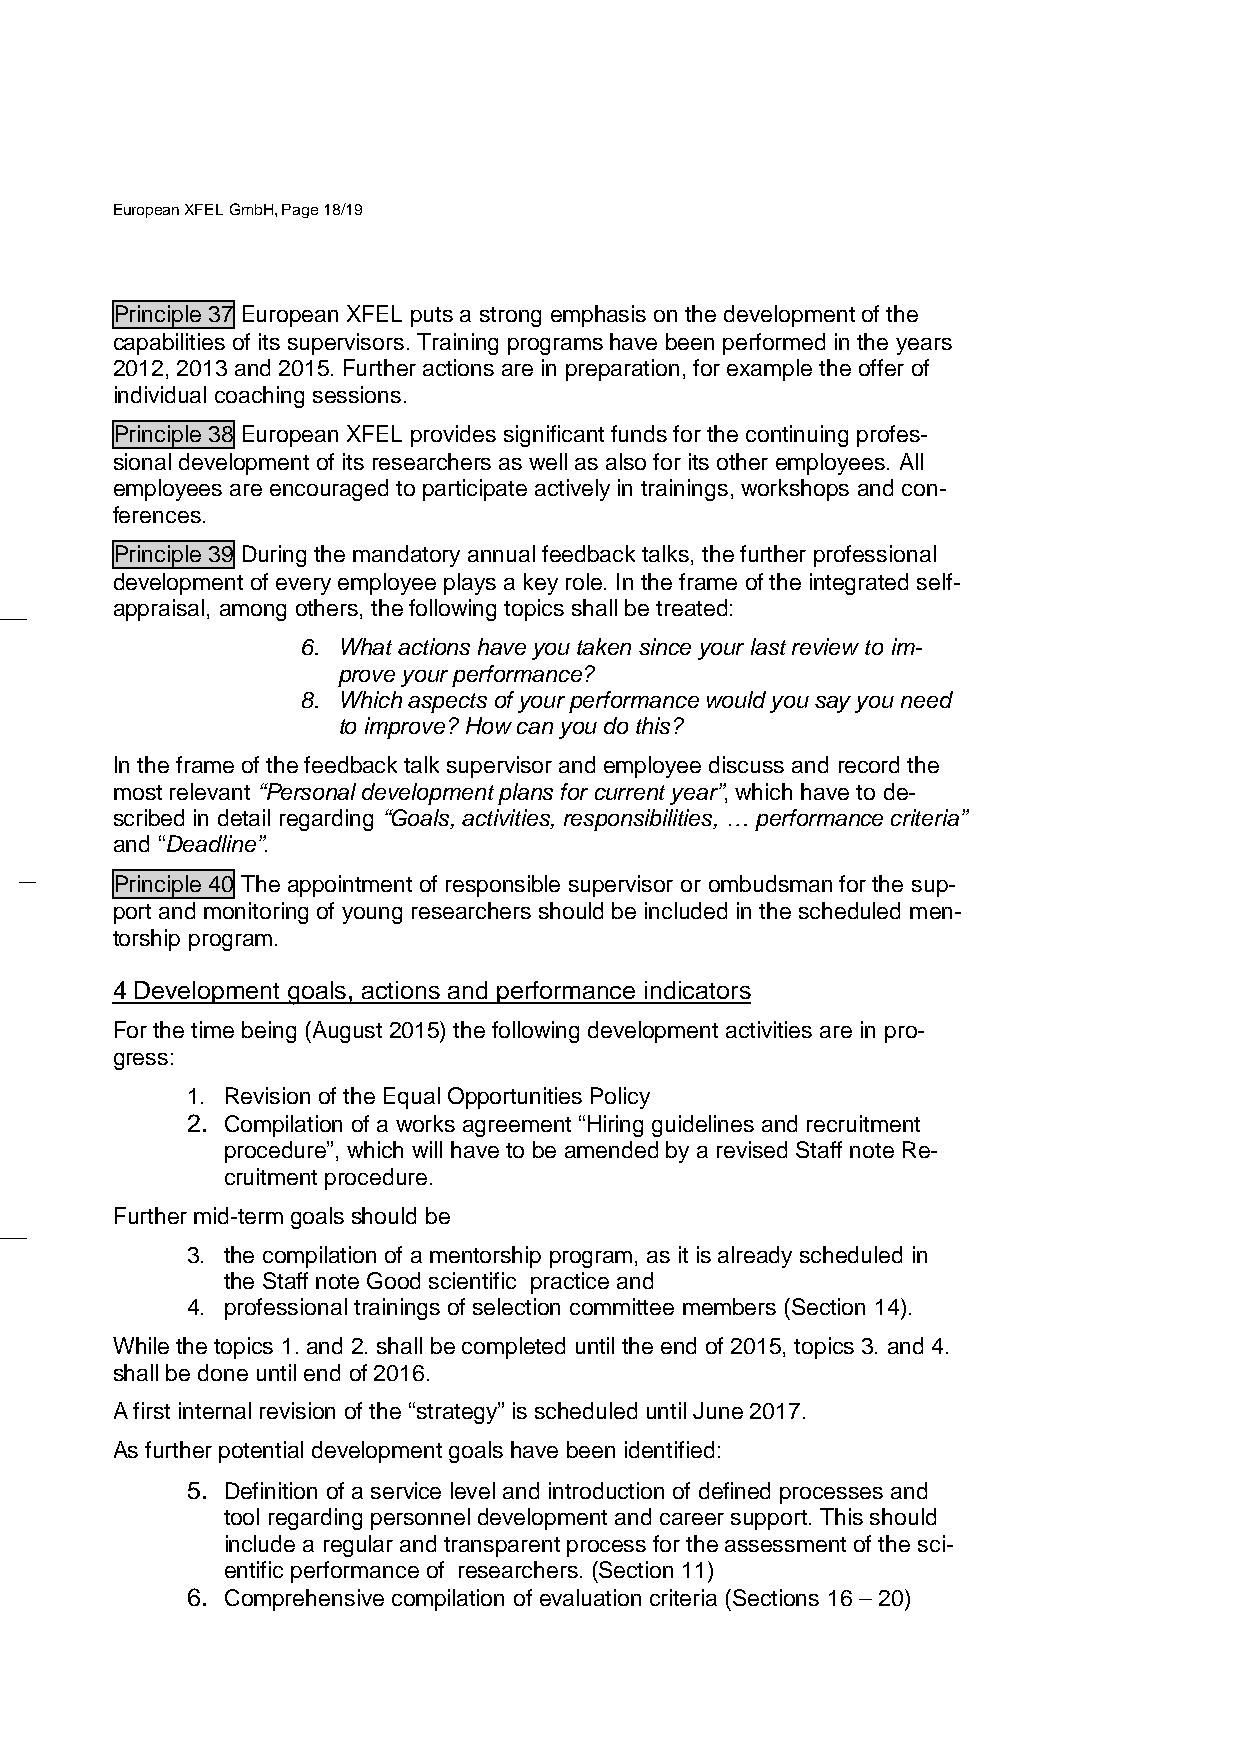
European XFEL GmbH, Page 18/19
 Principle 37 European XFEL puts a strong emphasis on the development of the
 capabilities of its supervisors. Training programs have been performed in the years
 2012, 2013 and 2015. Further actions are in preparation, for example the offer of
 individual coaching sessions.
 Principle 38 European XFEL provides significant funds for the continuing profes-
 sional development of its researchers as well as also for its other employees. All
 employees are encouraged to participate actively in trainings, workshops and con-
 ferences.
 Principle 39 During the mandatory annual feedback talks, the further professional
 development of every employee plays a key role. In the frame of the integrated self-
 appraisal, among others, the following topics shall be treated:
 6. What actions have you taken since your last review to im-
 prove your performance?
 8. Which aspects of your performance would you say you need
 to improve? How can you do this?
 In the frame of the feedback talk supervisor and employee discuss and record the
 most relevant “Personal development plans for current year”, which have to de-
 scribed in detail regarding “Goals, activities, responsibilities, … performance criteria”
 and “Deadline”.
 Principle 40 The appointment of responsible supervisor or ombudsman for the sup-
 port and monitoring of young researchers should be included in the scheduled men-
 torship program.
 4 Development goals, actions and performance indicators
 For the time being (August 2015) the following development activities are in pro-
 gress:
 1. Revision of the Equal Opportunities Policy
 2. Compilation of a works agreement “Hiring guidelines and recruitment
 procedure”, which will have to be amended by a revised Staff note Re-
 cruitment procedure.
 Further mid-term goals should be
 3. the compilation of a mentorship program, as it is already scheduled in
 the Staff note Good scientific practice and
 4. professional trainings of selection committee members (Section 14).
 While the topics 1. and 2. shall be completed until the end of 2015, topics 3. and 4.
 shall be done until end of 2016.
 A first internal revision of the “strategy” is scheduled until June 2017.
 As further potential development goals have been identified:
 5. Definition of a service level and introduction of defined processes and
 tool regarding personnel development and career support. This should
 include a regular and transparent process for the assessment of the sci-
 entific performance of researchers. (Section 11)
 6. Comprehensive compilation of evaluation criteria (Sections 16 – 20)